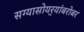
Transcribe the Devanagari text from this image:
सग्यासोयर्‍यांबरोबर